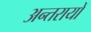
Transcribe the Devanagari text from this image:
अन्तरायों